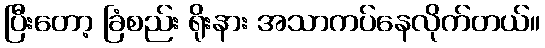
ပြီးတော့ ခြံစည်း ရိုးနား အသာကပ်နေလိုက်တယ်။